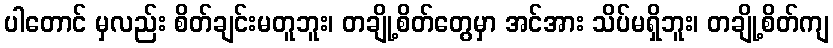
ပါတောင် မှလည်း စိတ်ချင်းမတူဘူး၊ တချို့စိတ်တွေမှာ အင်အား သိပ်မရှိဘူး၊ တချို့စိတ်ကျ